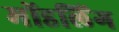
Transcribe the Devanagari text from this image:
मोंडलिंग